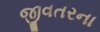
જીવતરના